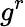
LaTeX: g^{r}